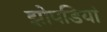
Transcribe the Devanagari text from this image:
झोपडियां